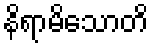
နိရာမိသောတိ